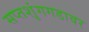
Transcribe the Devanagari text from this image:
सप्तशृंगगडावर